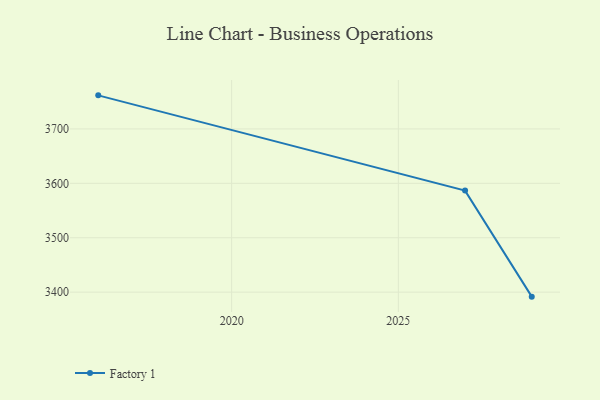
{"axis": {"x": "Year", "y": "Market Share (%)"}, "legend": ["Factory 1"], "data": [{"x": "2016", "y": 3761.7, "type": "Factory 1"}, {"x": "2027", "y": 3586.6, "type": "Factory 1"}, {"x": "2029", "y": 3391.7, "type": "Factory 1"}]}